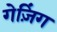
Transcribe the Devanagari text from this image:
गेज़िंग